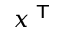
x ^ { \textsf { T } }